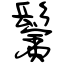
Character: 鬢